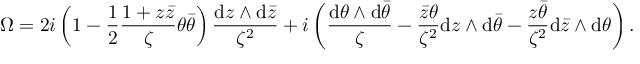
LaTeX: \Omega = 2 i \left( 1 - \frac { 1 } { 2 } \frac { 1 + z \bar { z } } { \zeta } \theta \bar { \theta } \right) \frac { \mathrm { d } z \wedge \mathrm { d } \bar { z } } { \zeta ^ { 2 } } + i \left( \frac { \mathrm { d } \theta \wedge \mathrm { d } \bar { \theta } } { \zeta } - \frac { \bar { z } \theta } { \zeta ^ { 2 } } \mathrm { d } z \wedge \mathrm { d } \bar { \theta } - \frac { z \bar { \theta } } { \zeta ^ { 2 } } \mathrm { d } \bar { z } \wedge \mathrm { d } \theta \right) .